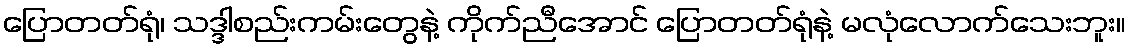
ပြောတတ်ရုံ၊ သဒ္ဒါစည်းကမ်းတွေနဲ့ ကိုက်ညီအောင် ပြောတတ်ရုံနဲ့ မလုံလောက်သေးဘူး။